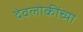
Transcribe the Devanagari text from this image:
देवलोकींच्या